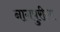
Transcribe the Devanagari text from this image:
नागपुरीला